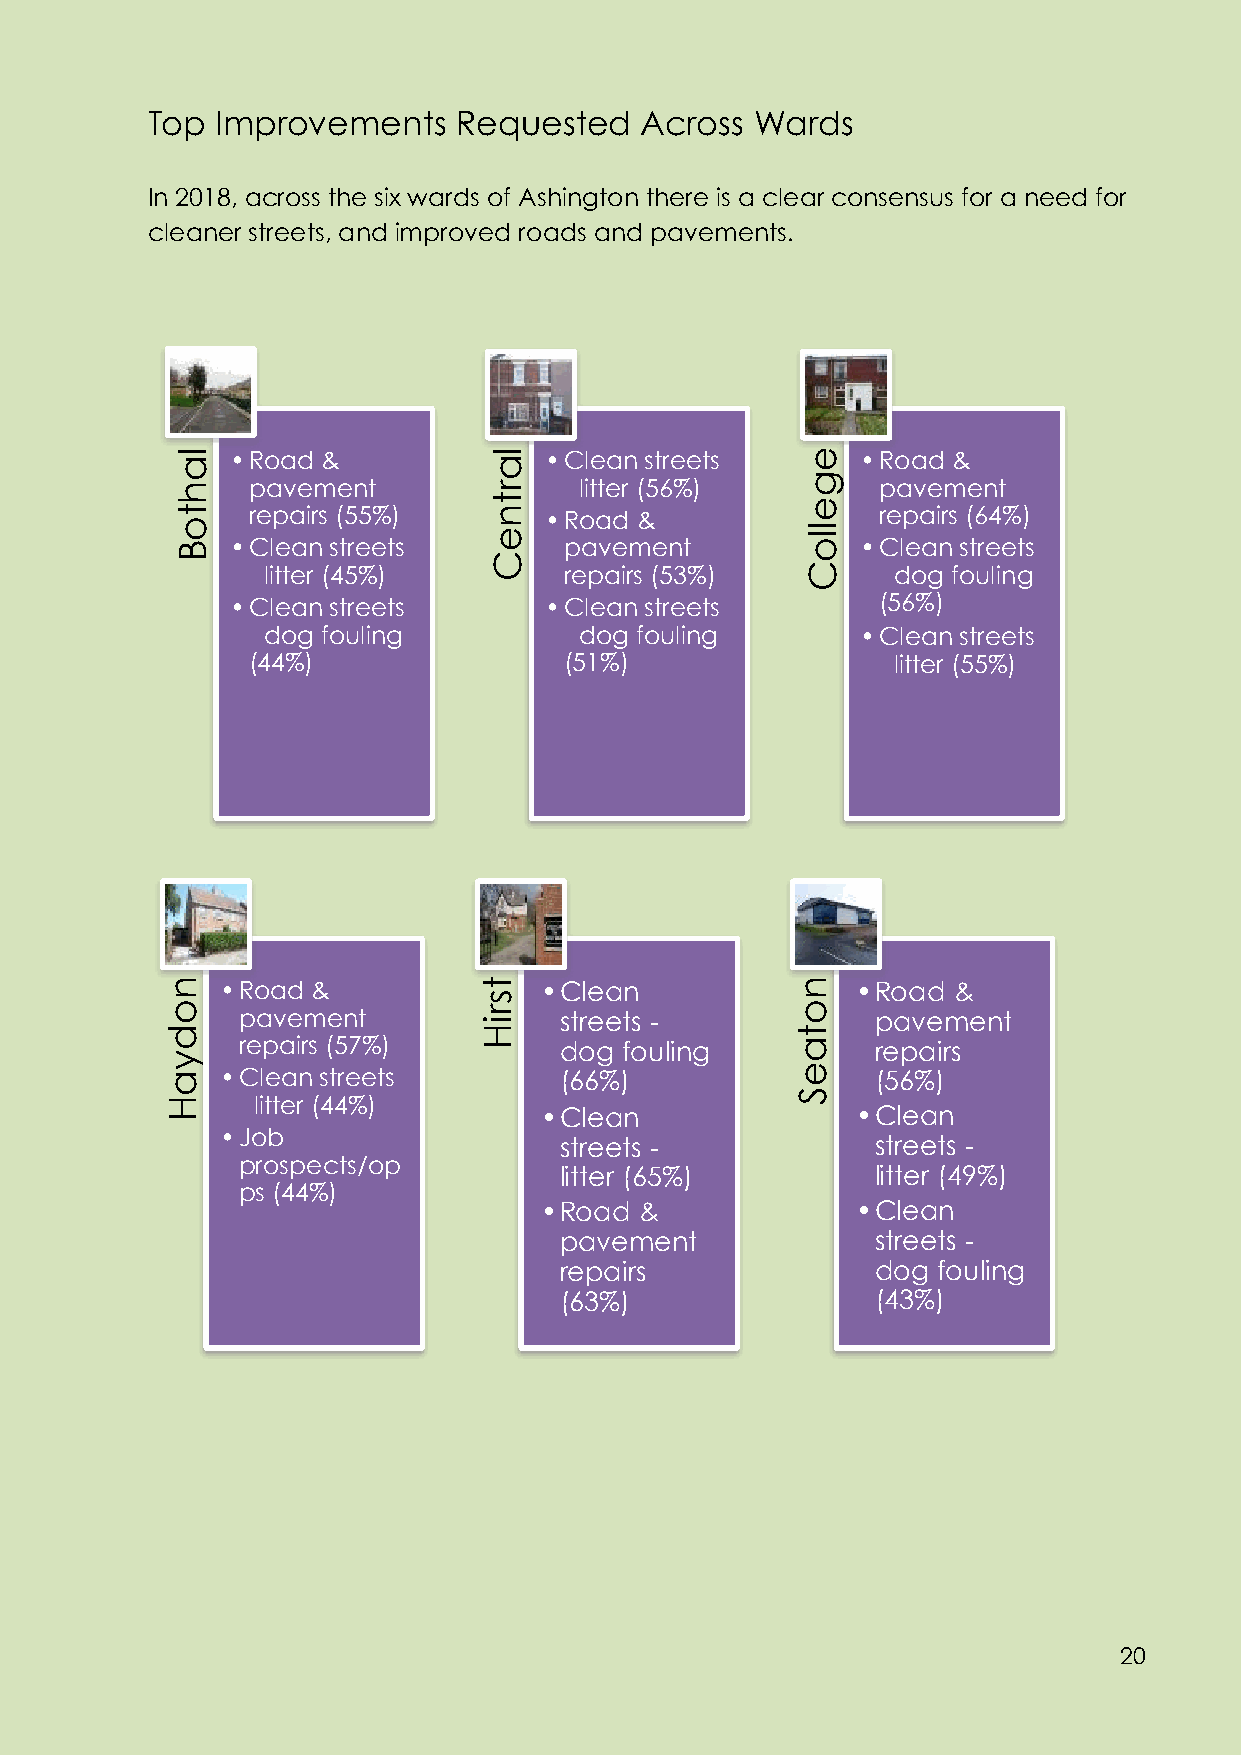
Top Improvements    Requested   Across  Wards
 In 2018, across the six wards of Ashington there is a clear consensus for a need for
 cleaner streets, and improved roads and pavements.
 • Road &             • Clean streets      • Road &
 pavement             - litter (56%)       pavement
 repairs (55%)       • Road &              repairs (64%)
 • Clean streets       pavement            • Clean streets
 - litter (45%)       repairs (53%)        - dog fouling
 • Clean streets      • Clean streets       (56%)
 - dog fouling        - dog fouling       • Clean streets
 (44%)                (51%)                - litter (55%)
 • Road &             •Clean               •Road &
 pavement             streets -            pavement
 repairs (57%)        dog fouling          repairs
 • Clean streets       (66%)                (56%)
 - litter (44%)
 •Clean               •Clean
 • Job
 streets -            streets -
 prospects/op
 litter (65%)         litter (49%)
 ps (44%)
 •Road &              •Clean
 pavement             streets -
 repairs              dog fouling
 (63%)                (43%)
 20
 20
 nodyaH
 lahtoB
 tsriH
 lartneC
 notaeS
 egelloC